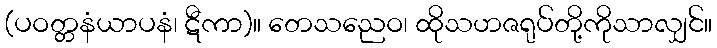
(ပဝတ္တနံယာပနံ၊ ဋီကာ)။ တေသညေဝ၊ ထိုသဟဇရုပ်တို့ကိုသာလျှင်။